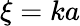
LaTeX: \xi=ka